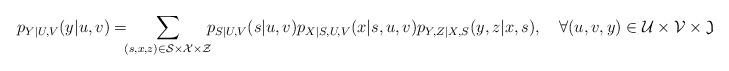
LaTeX: \begin{align*}p_{Y|U,V}(y|u,v)=\mspace{-8mu}\sum_{(s,x,z)\in\mathcal{S}\times\mathcal{X}\times\mathcal{Z}}\mspace{-8mu}p_{S|U,V}(s|u,v)p_{X|S,U,V}(x|s,u,v)p_{Y,Z|X,S}(y,z|x,s),\quad\forall(u,v,y)\in\mathcal{U}\times\mathcal{V}\times\mathcal{Y}.\end{align*}